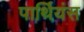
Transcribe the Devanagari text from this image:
पार्थियंस